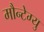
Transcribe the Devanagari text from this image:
मौन्टेग्यु